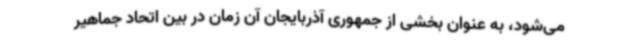
می‌شود، به عنوان بخشی از جمهوری آذربایجان آن زمان در بین اتحاد جماهیر